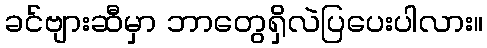
ခင်ဗျားဆီမှာ ဘာတွေရှိလဲပြပေးပါလား။